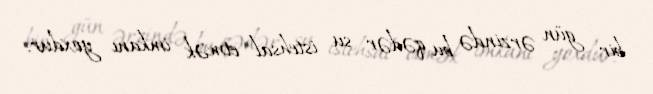
bir gün ərzində bu qədər su istehsal etmək imkanı yoxdur.